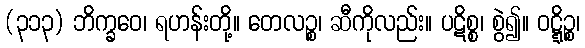
(၃၁၃) ဘိက္ခဝေ၊ ရဟန်းတို့။ တေလဉ္စ၊ ဆီကိုလည်း။ ပဋိစ္စ၊ စွဲ၍။ ဝဋ္ဋိဉ္စ၊